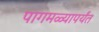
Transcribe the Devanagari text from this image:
पागमळ्यापर्यंत